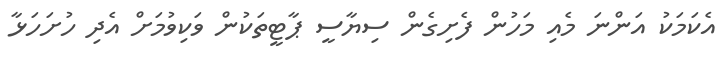
އެކަމަކު އަންނަ މެއި މަހުން ފެށިގެން ސިޔާސީ ޕާޓީތަކުން ވަކިވުމަށް އެދި ހުށަހަޅާ